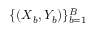
\{ ( \boldsymbol { X } _ { b } , Y _ { b } ) \} _ { b = 1 } ^ { B }